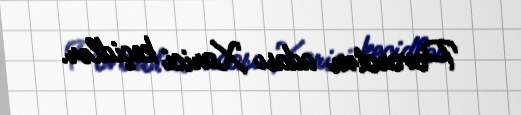
Povorotnı adası Xarici keçidlər.